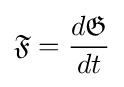
{\displaystyle {\mathfrak {F}}={\frac {d{\mathfrak {G}}}{dt}}}